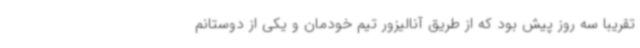
تقریبا سه روز پیش بود که از طریق آنالیزور تیم خودمان و یکی از دوستانم